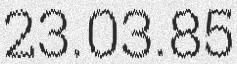
23.03.85